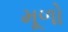
મૂળો